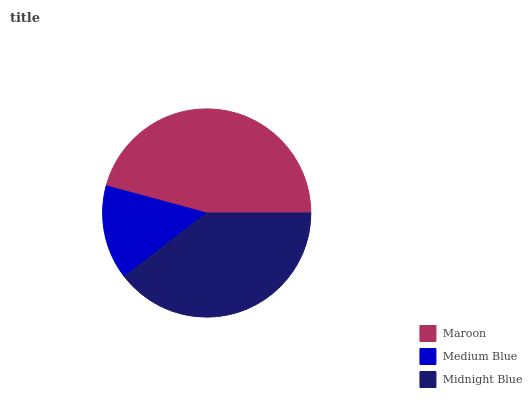
| Maroon | Medium Blue | Midnight Blue |
 | --- | --- | --- |
 | 45.8% | 14.7% | 39.5% |